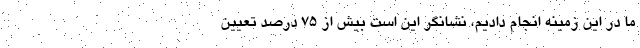
ما در این زمینه انجام دادیم، نشانگر این است بیش از ۷۵ درصد تعیین